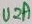
Text: U2A